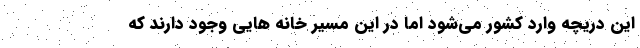
این دریچه وارد کشور می‌شود اما در این مسیر خانه هایی وجود دارند که